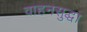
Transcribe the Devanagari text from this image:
वाहनसुद्धा